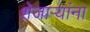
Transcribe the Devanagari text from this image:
शेजाऱ्यांना